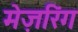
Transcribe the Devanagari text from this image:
मेज़रिंग